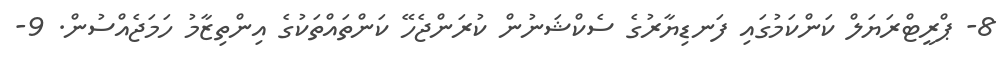
8- ޕްރީޓްރަޔަލް ކަންކަމުގައި ފަނޑިޔާރުގެ ސެކްޝަނުން ކުރަންޖެހޭ ކަންތައްތަކުގެ އިންތިޒާމު ހަމަޖެއްސުން. 9-